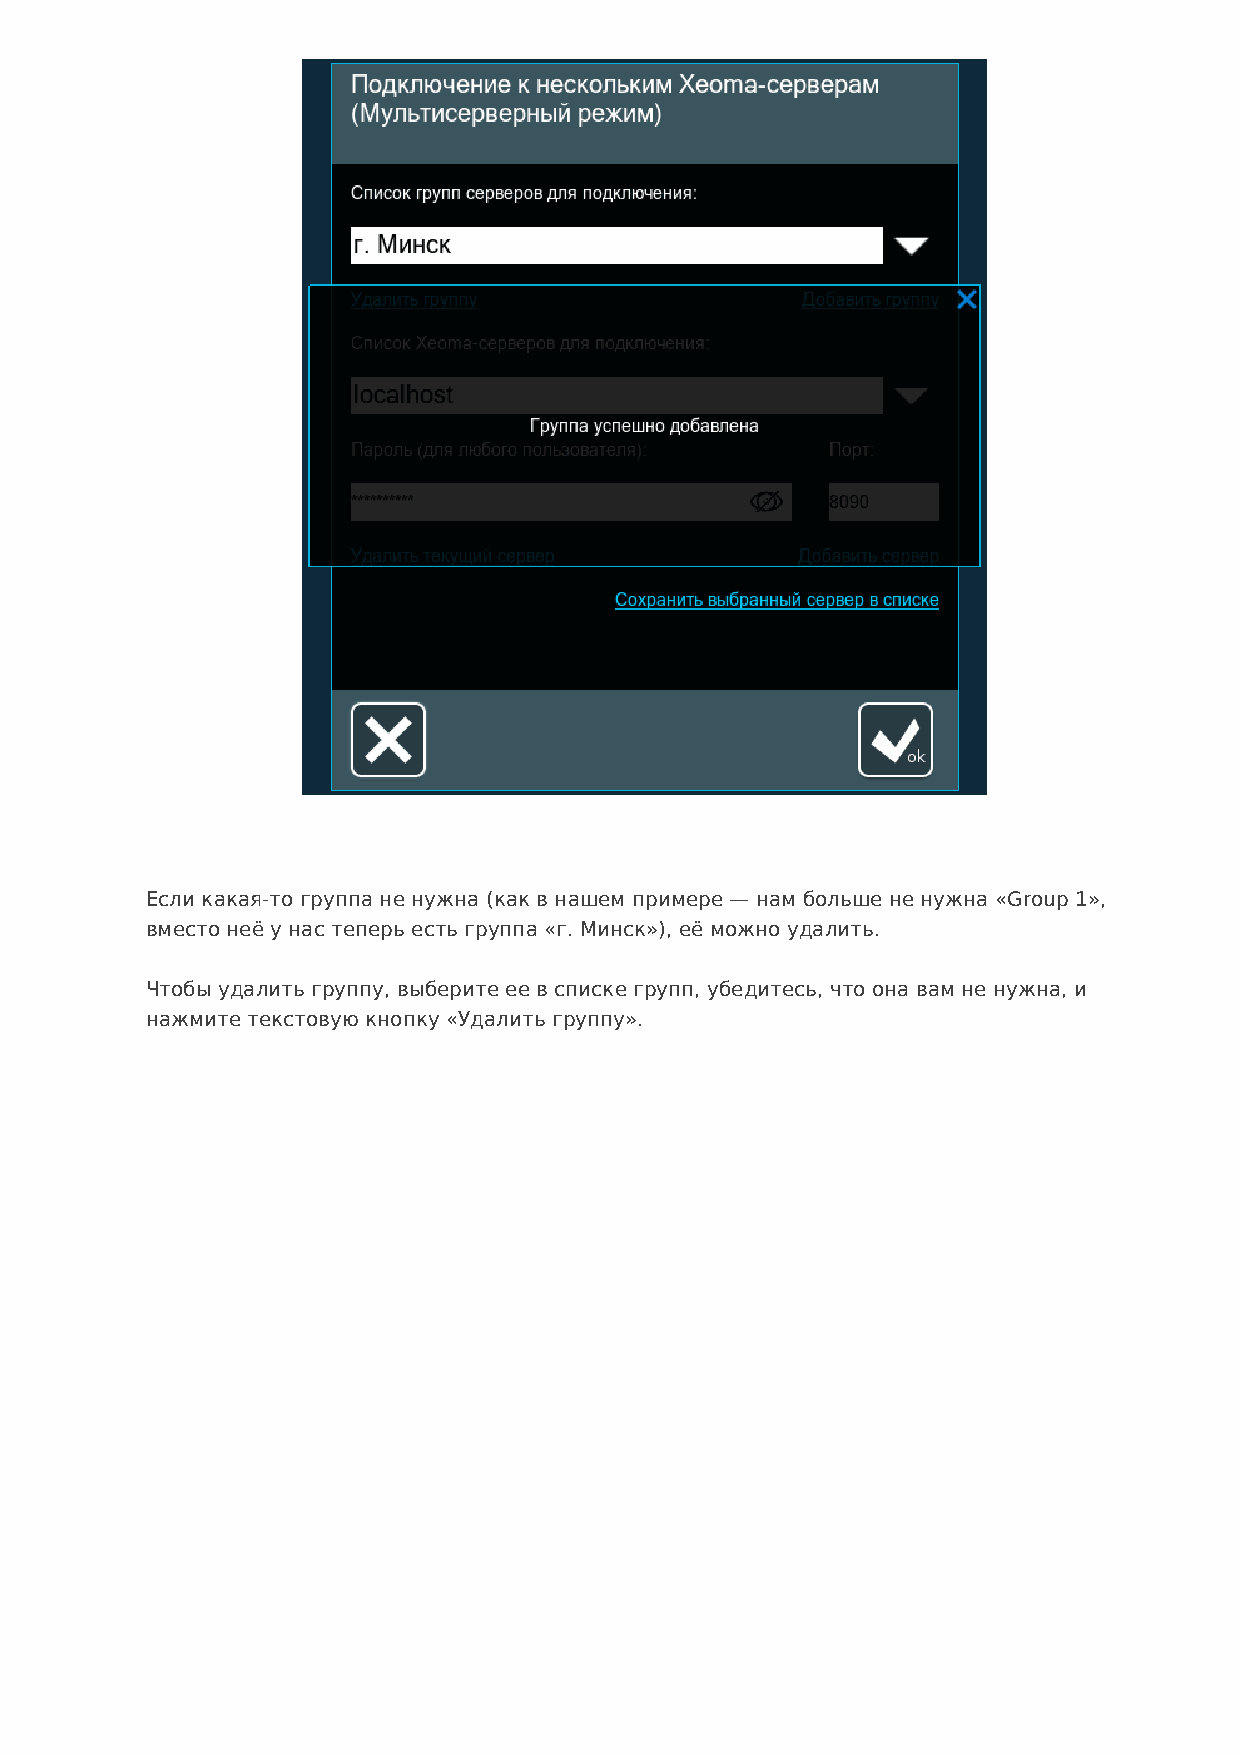
Если какая-то группа не нужна (как в нашем примере — нам больше не нужна «Group 1»,
 вместо неё у нас теперь есть группа «г. Минск»), её можно удалить.
 Чтобы удалить группу, выберите ее в списке групп, убедитесь, что она вам не нужна, и
 нажмите текстовую кнопку «Удалить группу».